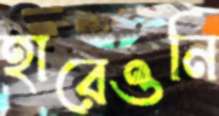
হারেওনি